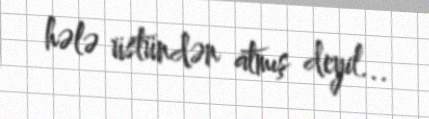
hələ üstündən atmış deyil...